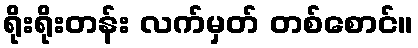
ရိုးရိုးတန်း လက်မှတ် တစ်စောင်။